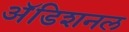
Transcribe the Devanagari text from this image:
अॅडिशनल